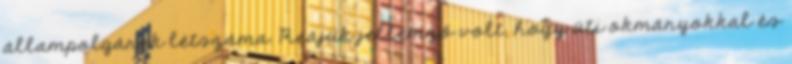
állampolgárok létszáma. Reájuk jellemző volt, hogy úti okmányokkal és